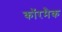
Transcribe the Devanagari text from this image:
कॉरमैक